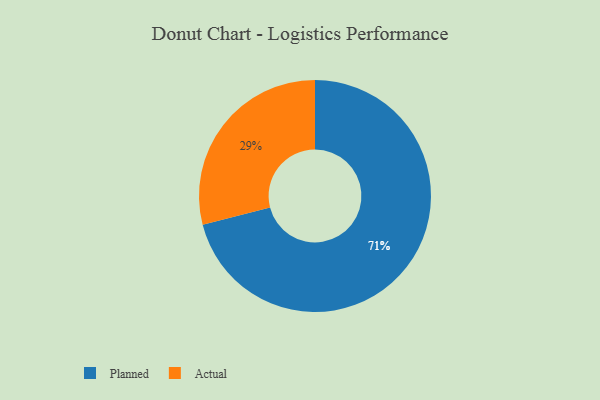
{"axis": {"x": "Category", "y": "Percentage"}, "legend": ["Actual", "Planned"], "data": [{"x": "Actual", "y": 29, "type": "Actual"}, {"x": "Planned", "y": 71, "type": "Planned"}]}